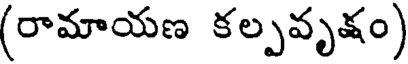
(రామాయణ కల్పవృక్షం)